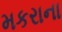
મકરાના